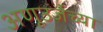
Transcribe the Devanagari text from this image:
अणूउर्जेच्या